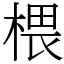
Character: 椳